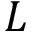
L